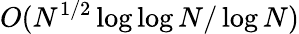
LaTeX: O(N^{1/2}\log\log N/\log N)